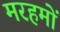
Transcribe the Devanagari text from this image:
मरहमों